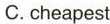
C.cheapest